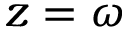
z = \omega